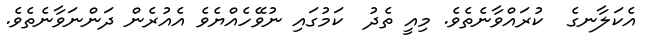
އެކަލާނގެ  ކުރައްވާނެތެވެ. މިއީ ތެދު  ކަމުގައި ނުވޭހެއްޔެވެ އެއުރެން ދަންނަވާނެތެވެ.